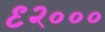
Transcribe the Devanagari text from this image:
९२०००